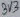
Text: 3V3